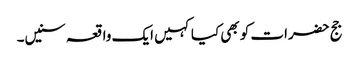
جج حضرات کو بھی کیا کہیں ایک واقعہ سنیں۔